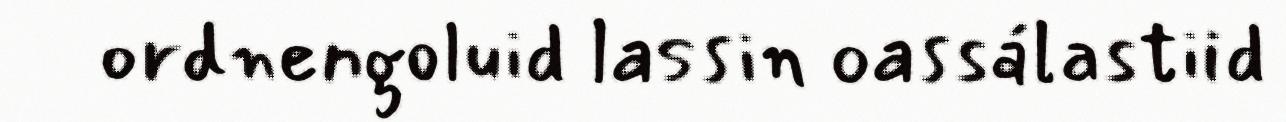
ordnengoluid lassin oassálastiid